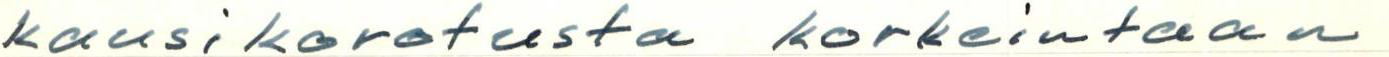
kausikorotusta korkeintaan